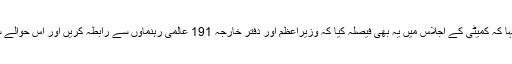
وزیر خارجہ نے کہا کہ کمیٹی کے اجلاس میں یہ بھی فیصلہ کیا کہ وزیراعظم اور دفتر خارجہ 191 عالمی رہنماوں سے رابطہ کریں اور اس حوالے سے آگاہ کریں گے۔